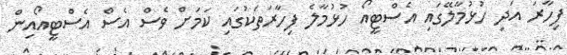
ފިހާރަ އަދި ހުޅުމާލޭގައި އެސްޓީއޯ ހުޅުމާލެ ފިހާރަތަކުގައި ކަމަށް ވެސް އެސް އެސްޓީއޯއިން